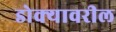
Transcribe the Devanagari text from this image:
डोक्‍यावरील